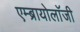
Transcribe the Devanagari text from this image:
एम्ब्रायोलाॅजी